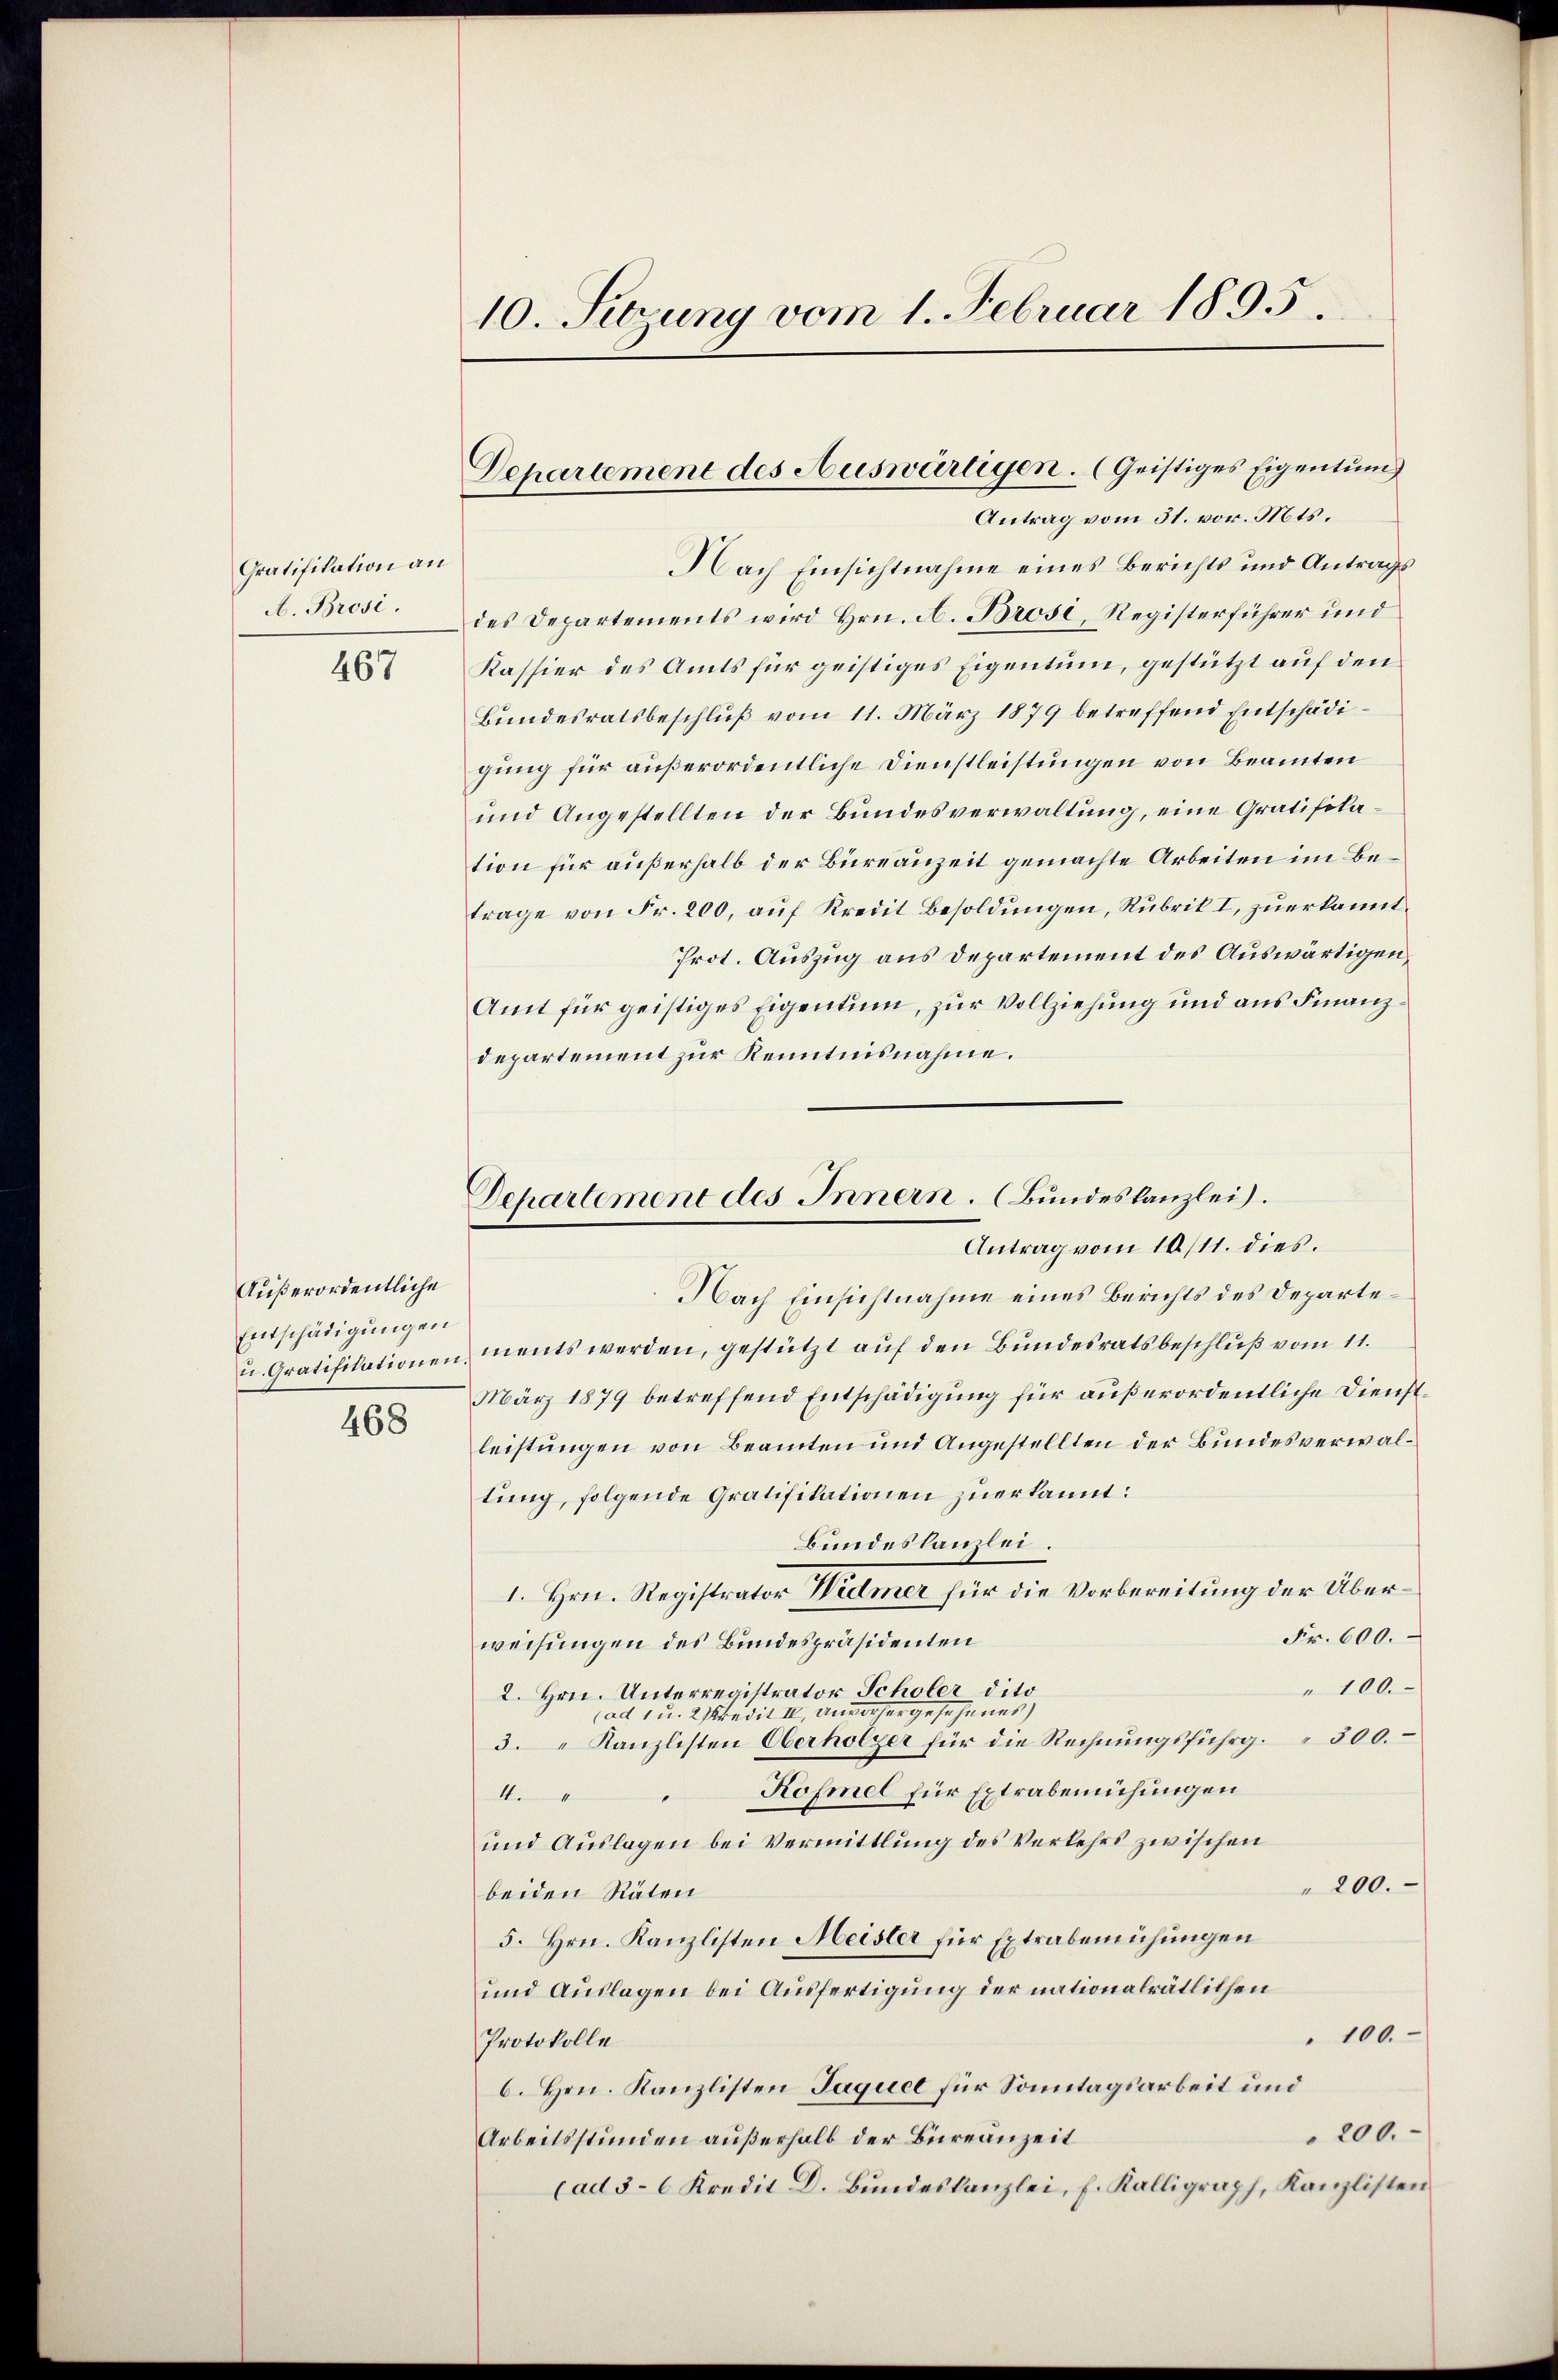
Gratifikation an
A. Brosi.

467

Außerordentliche
Entschädigungen
468

10. Setzung vom 1. Februar 1895

Departement des Auswärtigen. (Geistiges Eigentum
Antrag vom 31. vor. Mts.

Nach Einsichtnahme eines Berichts und Antragsdes Departements wird Hrn. A. Brosi, Registerführer und
Kassier des Amts für geistiges Eigentum, gestützt auf den
Bundesratsbeschluß vom 11. März 1879 betreffend Entschädigung für außerordentliche Dienstleistungen von Beamten
und Angestellten der Bundesverwaltung, eine Gratifikation für außerhalb der Büreauzeit gemachte Arbeiten im Betrage von Fr. 200, auf Kredit Besoldungen, Rubrik I, zuerkannt.
Prot. Auszug aus Departement des Auswärtigen,
Amt für geistiges Eigentum, zur Vollziehung und aus Finanzdepartement zur Kenntnisnahme.

Departement des Innern. Bundeskanzlei.
Antrag vom 10/11. dies.

Nach Einsichtnahme eines Berichts des Departe¬
 Gratifikationen ments werden, gestützt aŭf den Bŭndesratsbeschlŭβ vom 11.
März 1879 betreffend Entschädigung für außerordentliche Dienstleistungen von Beamten und Angestellten der Bundesverwaltung, folgende Gratifikationen zuerkannt:
Bundeskanzlei.
I. Hrn. Registrator Widmer für die Vorbereitung der Über¬
Fr. 600.
weisungen des Bundespräsidenten
" 100.
2. Hrn. Unterregistrator Scholer dito
Cad, u. 2 Predit II anvorhergesehenes
3.Kanzlisten Oberholzer für die Rechnŭngsführg. 300. –
Rofmel für Extrabemühungen
44
und Auslagen bei Vermittlung des Verkehrs zwischen
200.
beiden Räten
5. Hrn. Kanzlisten Meister für Extrabemühungen
und Auslagen bei Ausfertigung der nationalrätlichen
100.
Protokolle
6. Hrn. Kanzlisten Jaquel für Sonntagsarbeit und
200.
Arbeitsstunden außerhalb der Bureauzeit
(ad 3–6 Kredit D. Bundeskanzlei, f. Kalligraph, Kanzlisten